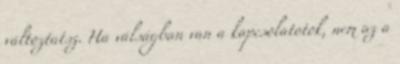
változtatsz. Ha válságban van a kapcsolatotok, nem az a